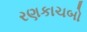
રણકાચબો